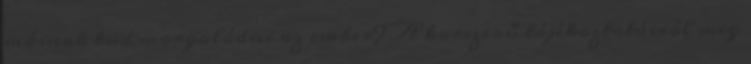
másnak tud morgolódni az ember? A korszerű tájékoztatásról meg